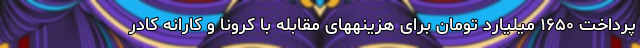
پرداخت ١۶۵٠ میلیارد تومان برای هزینههای مقابله با کرونا و کارانه کادر